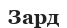
Зард